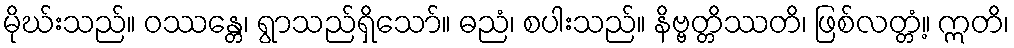
မိုဃ်းသည်။ ဝဿန္တေ၊ ရွာသည်ရှိသော်။ ဓညံ၊ စပါးသည်။ နိဗ္ဗတ္တိဿတိ၊ ဖြစ်လတ္တံ့။ ဣတိ၊